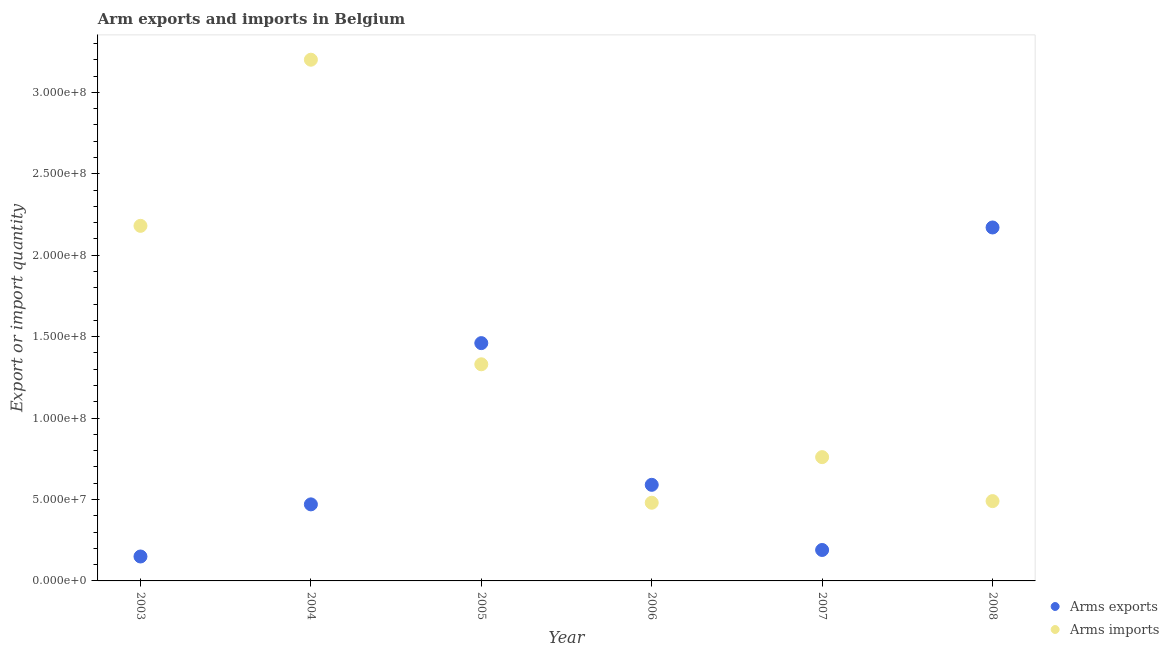
| Year | Arms exports | Arms imports |
 | --- | --- | --- |
 | 2003 | 1.5e+07 | 2.18e+08 |
 | 2004 | 4.7e+07 | 3.2e+08 |
 | 2005 | 1.46e+08 | 1.33e+08 |
 | 2006 | 5.9e+07 | 4.8e+07 |
 | 2007 | 1.9e+07 | 7.6e+07 |
 | 2008 | 2.17e+08 | 4.9e+07 |